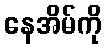
နေအိမ်ကို